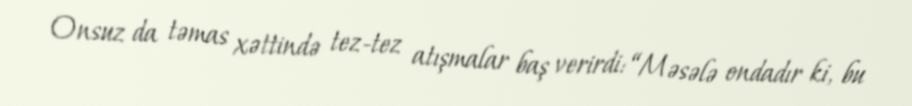
Onsuz da təmas xəttində tez-tez atışmalar baş verirdi: “Məsələ ondadır ki, bu